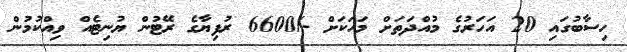
ހިސާބުގައި 20 އަހަރުގެ މުއްދަތަށް މަހަކަށް -/6600 ރުފިޔާގެ ރޭޓުން ޔުނިޓެއް ވިއްކުމުން